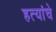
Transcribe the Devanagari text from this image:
हत्यांचे